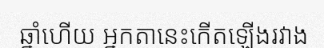
ឆ្នាំហើយ អ្នកតានេះកើតឡើងរវាង